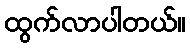
ထွက်လာပါတယ်။